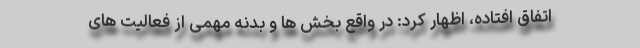
اتفاق افتاده، اظهار کرد: در واقع بخش ها و بدنه مهمی از فعالیت های